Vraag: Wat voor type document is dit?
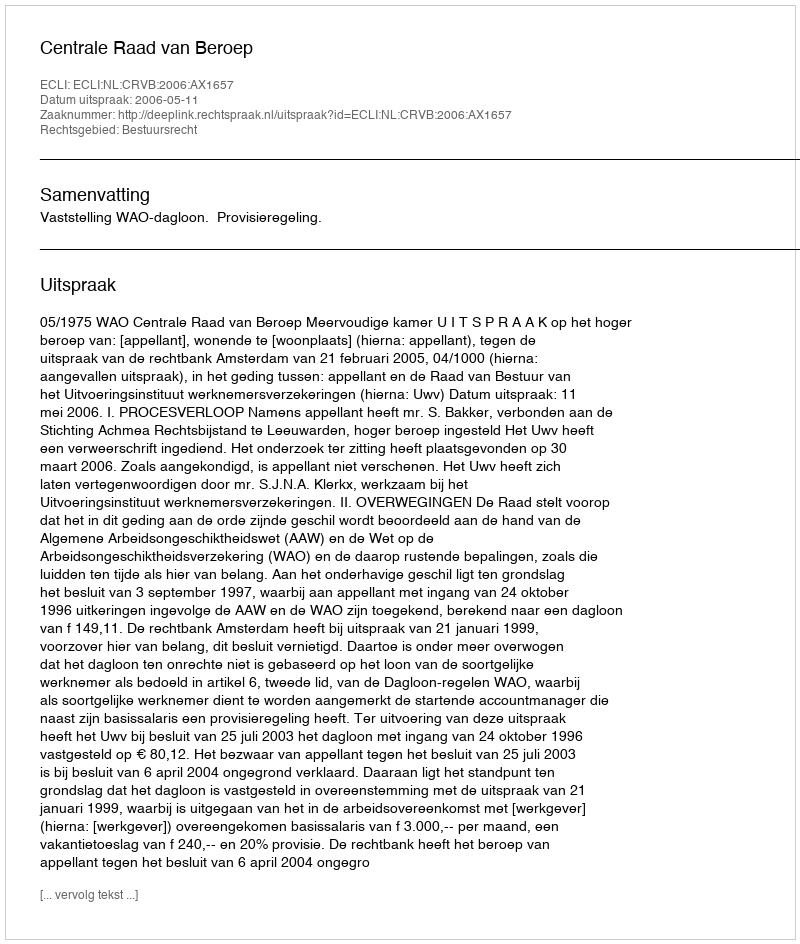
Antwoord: Uitspraak